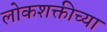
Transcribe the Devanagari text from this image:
लोकशक्तीच्या